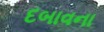
દબાવના